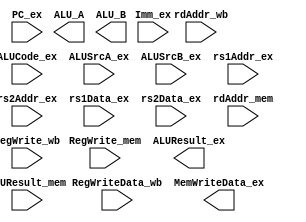
`timescale 1ns / 1ps
//////////////////////////////////////////////////////////////////////////////////
// Company: zju
//////////////////////////////////////////////////////////////////////////////////
module EX(ALUCode_ex, ALUSrcA_ex, ALUSrcB_ex,Imm_ex, rs1Addr_ex, rs2Addr_ex, rs1Data_ex, 
          rs2Data_ex, PC_ex, RegWriteData_wb, ALUResult_mem,rdAddr_mem, rdAddr_wb, 
		  RegWrite_mem, RegWrite_wb, ALUResult_ex, MemWriteData_ex, ALU_A, ALU_B);
    input [3:0] ALUCode_ex;
    input ALUSrcA_ex;
    input [1:0]ALUSrcB_ex;
    input [31:0] Imm_ex;
    input [4:0]  rs1Addr_ex;
    input [4:0]  rs2Addr_ex;
    input [31:0] rs1Data_ex;
    input [31:0] rs2Data_ex;
	input [31:0] PC_ex;
    input [31:0] RegWriteData_wb;
    input [31:0] ALUResult_mem;
	input [4:0]rdAddr_mem;
    input [4:0] rdAddr_wb;
    input RegWrite_mem;
    input RegWrite_wb;
    output [31:0] ALUResult_ex;
    output [31:0] MemWriteData_ex;
    output [31:0] ALU_A;
    output [31:0] ALU_B;

endmodule